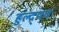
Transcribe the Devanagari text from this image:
हुल्द्र्यच